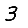
Digit: 3